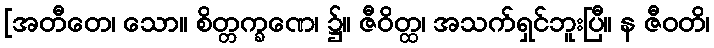
[အတီတေ၊ သော။ စိတ္တက္ခဏေ၊ ၌။ ဇီဝိတ္ထ၊ အသက်ရှင်ဘူးပြီ။ န ဇီဝတိ၊